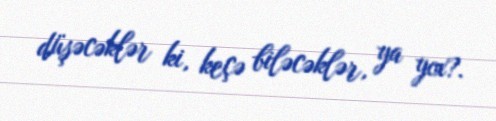
düşəcəklər ki, keçə biləcəklər, ya yox?.